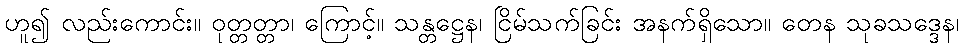
ဟူ၍ လည်းကောင်း။ ဝုတ္တတ္တာ၊ ကြောင့်။ သန္တဋ္ဌေန၊ ငြိမ်သက်ခြင်း အနက်ရှိသော။ တေန သုခသဒ္ဒေန၊